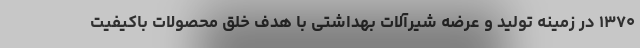
۱۳۷۰ در زمینه تولید و عرضه شیرآلات بهداشتی با هدف خلق محصولات باکیفیت